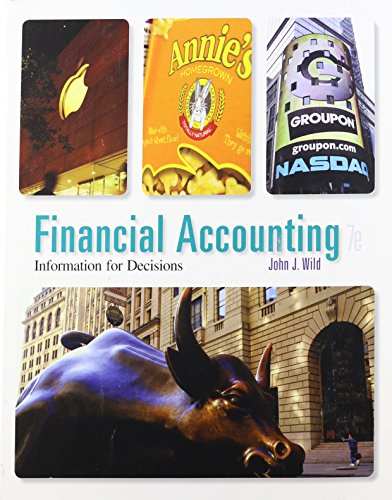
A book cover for Financial Accounting: Information for Decisions, 7th Edition; John Wild; Business & Money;